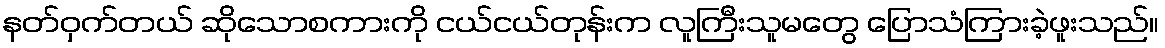
နတ်ဝှက်တယ် ဆိုသောစကားကို ငယ်ငယ်တုန်းက လူကြီးသူမတွေ ပြောသံကြားခဲ့ဖူးသည်။